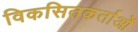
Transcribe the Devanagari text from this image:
विकसितकर्ताओं